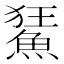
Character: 𩷬